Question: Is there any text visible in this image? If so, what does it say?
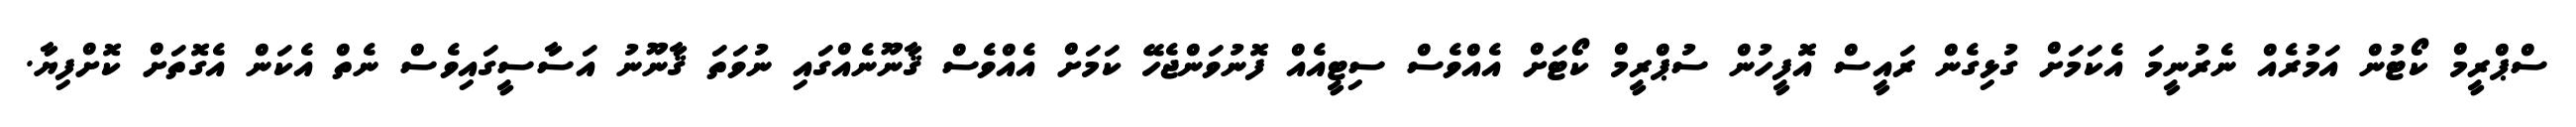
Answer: ސްޕްރީމް ކޯޓުން އަމުރެއް ނެރުނީމަ އެކަމަށް ގުޅިގެން ރައީސް އޮފީހުން ސުޕްރީމް ކޯޓަށް އެއްވެސް ސިޓީއެއް ފޮނުވަންޖެހޭ ކަމަށް އެއްވެސް ޤާނޫނެއްގައި ނުވަތަ ޤާނޫނު އަސާސީގައިވެސް ނެތް އެކަން އެގޮތަށް ކޮށްފިޔާ.